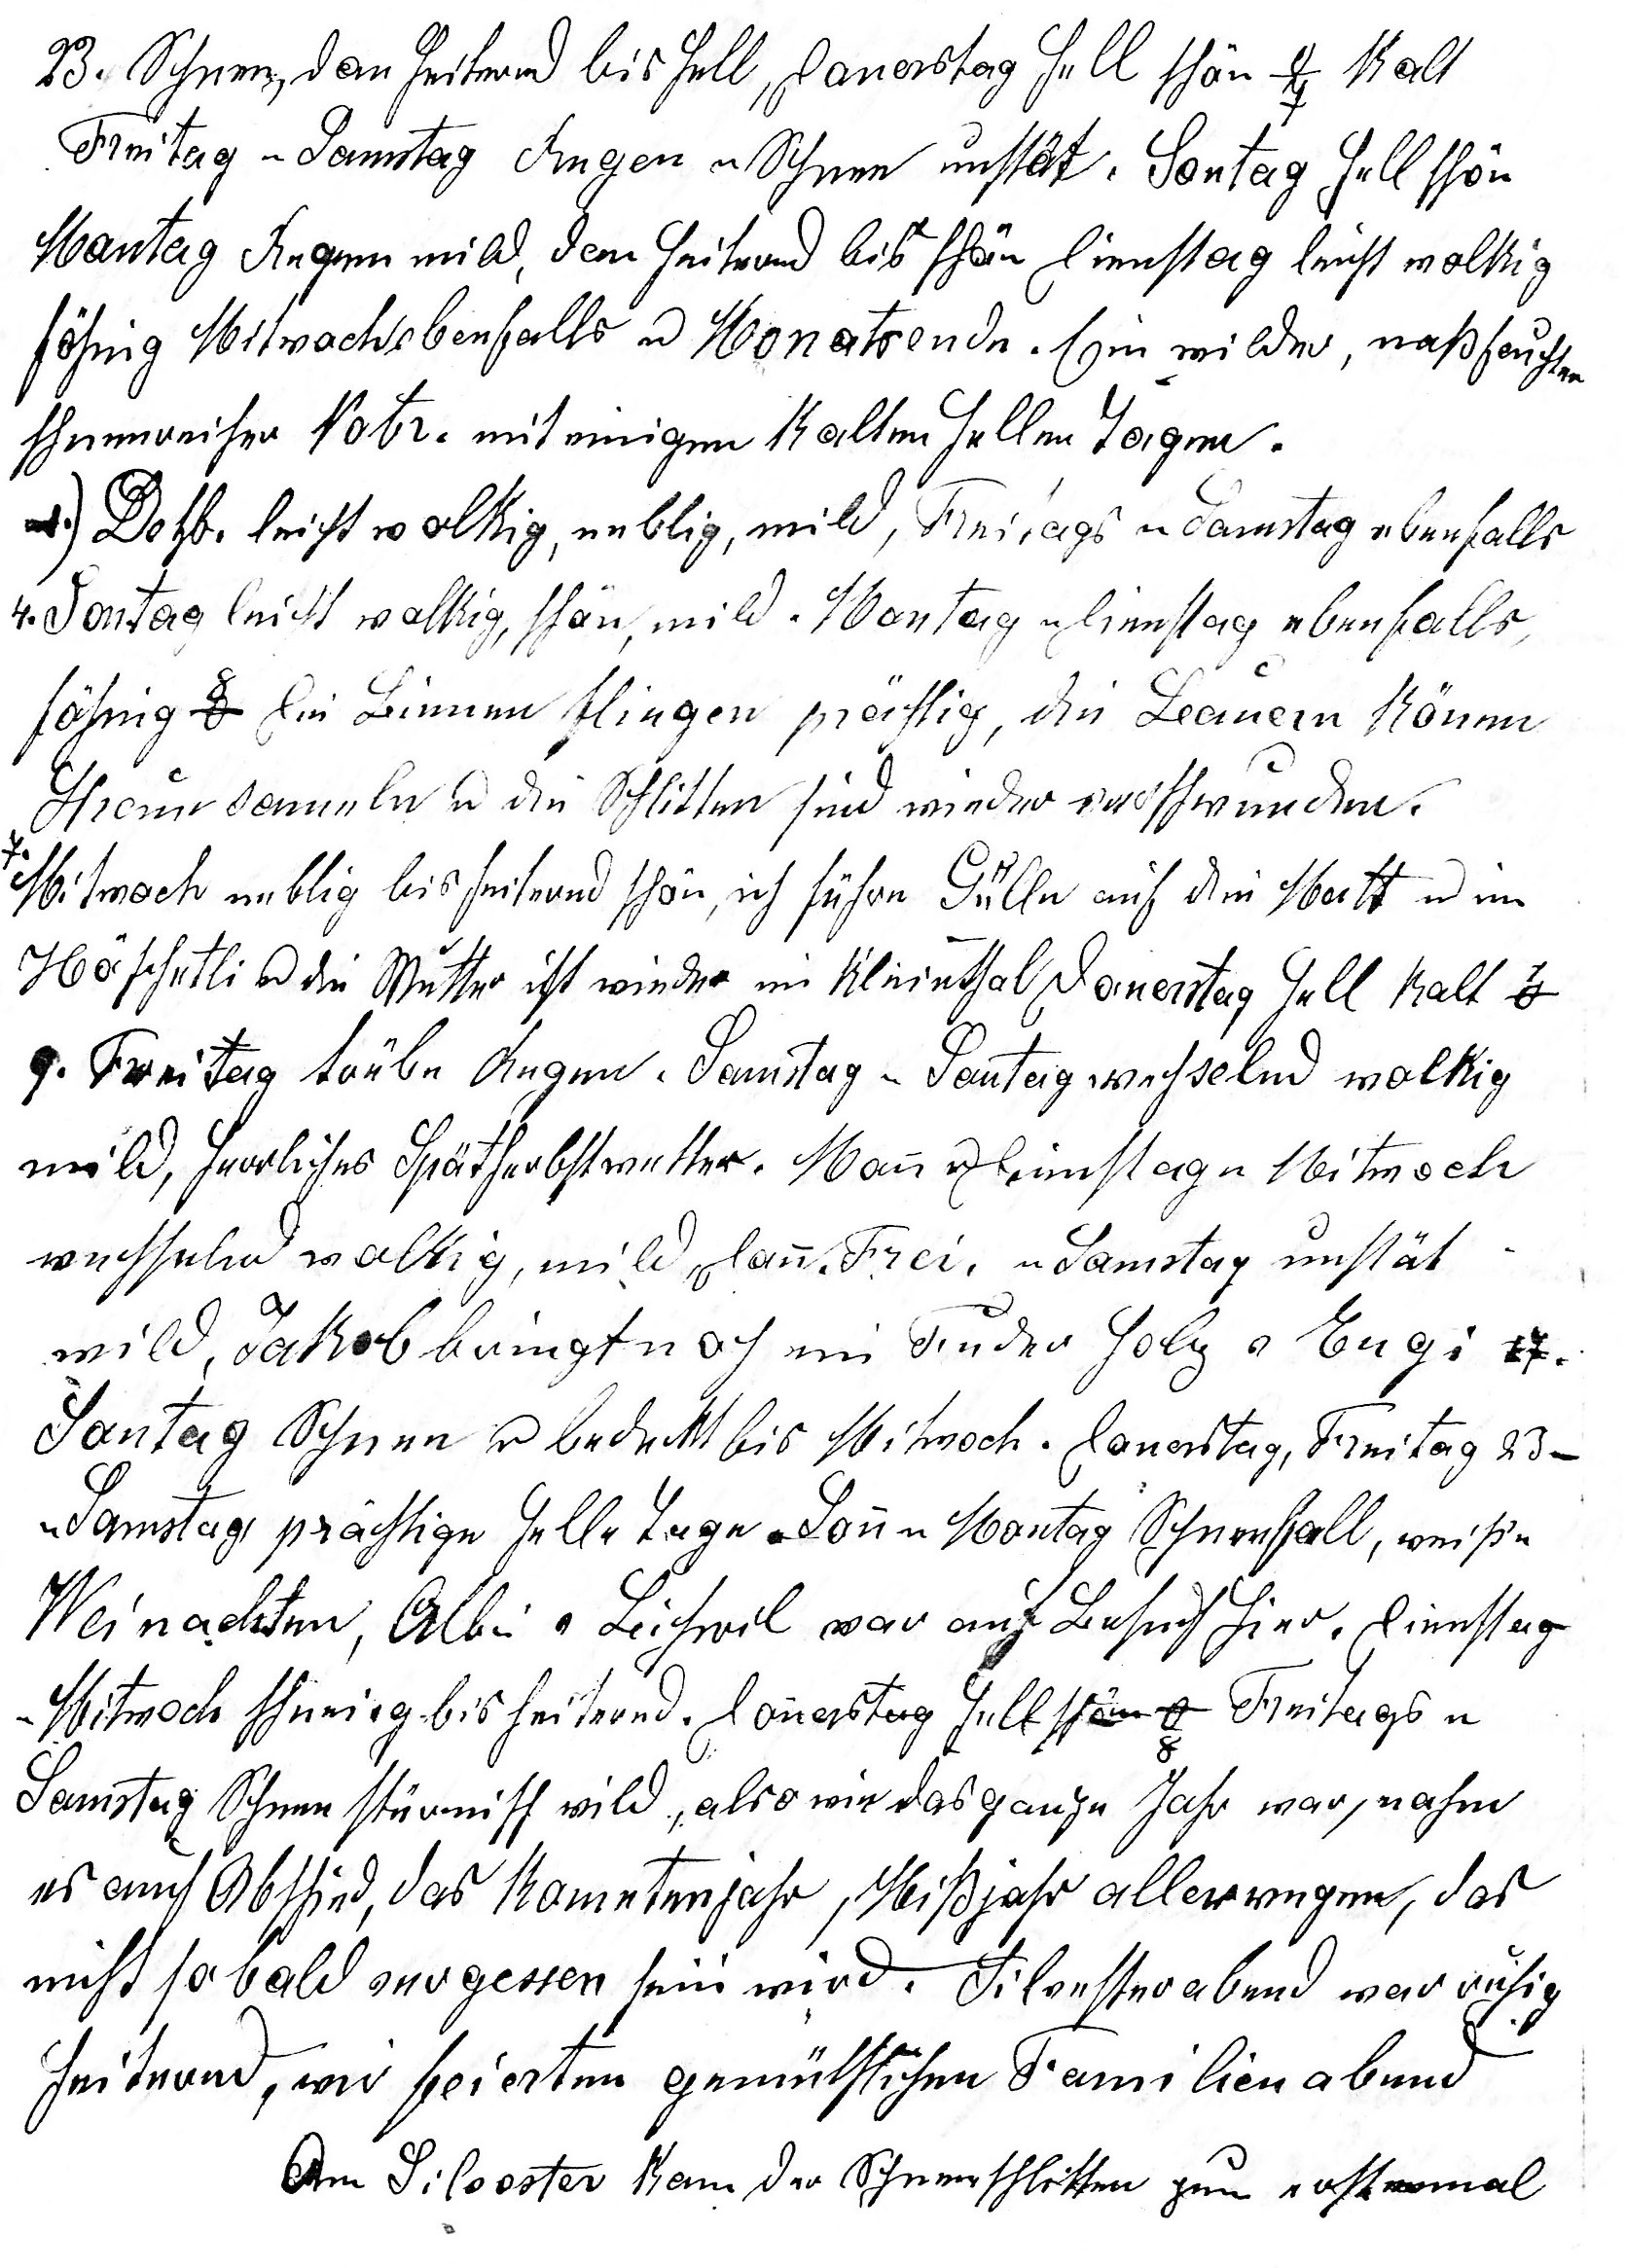
23. Schnee, dan heiternd bis hell, Donerstag hell schön -7o kalt
Freitag u Samstag Regen u Schnee unstät. Sontag hell schön
Montag Regen mild, dan heiternd bis schön Dienstag leicht wolkig
föhnig Mitwoch ebenfalls u Monatsende. Ein milder nassfeuchter
schneereicher Nobr. mit einigen kalten hellen Tagen.
1.Detzb. leicht wolkig, neblig, mild, Freitags u Samstag ebenfalls
4. Sontag leicht wolkig, schön, mild. Montag u Dienstag ebenfalls,
föhnig 8o. Die Bienen fliegen prächtig, die Bauern könen
Streu sameln u die Schlitten sind wieder verschwunden.
7. Mitwoch neblig bis heiternd schön, ich führe Gülle auf die Matt u im
Höschetli u die Mutter ist wieder im Kleinthal Donerstag hell kalt 1o.
9. Freitag trübe Regen. Samstag u Sontag wechselnd wolkig
mild, herrliches Spätherbstwetter. Mon- u Dienstag u Mitwoch
wechselnd wolkig, mild Don. Frei. u Samstag unstät
mild, Jakob bringt noch ein Fuder Holz v Engi. 17.
Sontag Schnee u bedeckt bis Mitwoch. Donerstag, Freitag 23.
u Samstag prächtige helle Tage. Sonn u Montag Schneefall, weisse
Weinachten, Ablin v. Bichwil war auf Besuch hier. Dienstag
u Mitwoch schneiig bis heiternd. Donerstag hell schön -8o. Freitags u
Samstag Schnee stürmisch wild, also wie das ganze Jahr war, nahm
es auch Abschied, das Kometenjahr, Missjahr allerwegen, das
nicht so bald vergessen sein wird. Silvesterabend war ruhig
heiternd, wir feierten gemüthlichen Familienabend.
Am Silvester kam der Schneeschlitten zum erstenmal.